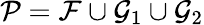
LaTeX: \mathcal{P}=\mathcal{F}\cup\mathcal{G}_{1}\cup\mathcal{G}_{2}